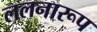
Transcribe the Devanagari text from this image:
ललनारूप